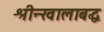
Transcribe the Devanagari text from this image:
श्रीन्खालाबद्ध